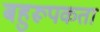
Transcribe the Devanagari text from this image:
बहुरूपकता